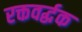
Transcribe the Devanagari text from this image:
रक्तवर्द्धक